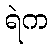
ရဲက